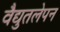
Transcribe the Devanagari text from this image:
वैद्युतलेपन